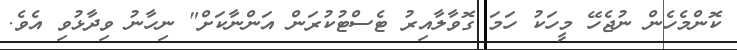
ކޮންމެހެން ނުޖެހޭ މީހަކު ހަމަ ގޮވާލާއިރު ޓެސްޓުކުރަން އަންނާކަށް" ނިހާނު ވިދާޅުވި އެވެ.